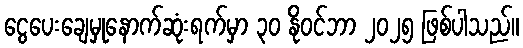
ငွေပေးချေမှုနောက်ဆုံးရက်မှာ ၃၀ နိုဝင်ဘာ ၂၀၂၅ ဖြစ်ပါသည်။